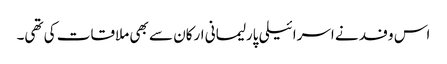
اس وفد نے اسرائیلی پارلیمانی ارکان سے بھی ملاقات کی تھی۔